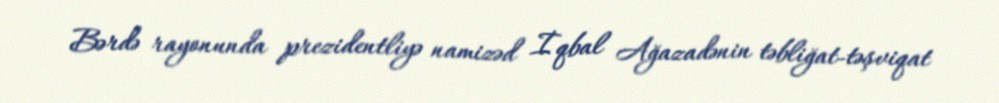
Bərdə rayonunda prezidentliyə namizəd İqbal Ağazadənin təbliğat-təşviqat